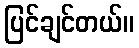
ပြင်ချင်တယ်။